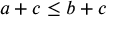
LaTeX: a + c \leq b + c